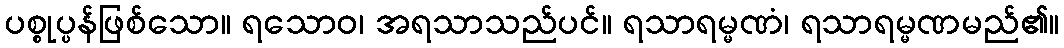
ပစ္စုပ္ပန်ဖြစ်သော။ ရသောဝ၊ အရသာသည်ပင်။ ရသာရမ္မဏံ၊ ရသာရမ္မဏမည်၏။